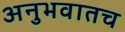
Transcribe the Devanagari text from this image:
अनुभवातच